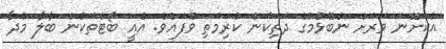
އެކަށޭނަ ވަރަށް ނުބޭޅުމުގެ ދަތިކަން ކުރިމަތި ވެފައެވެ. އެއީ ބޯޓްތަކުން ބާލާ މުދާ